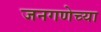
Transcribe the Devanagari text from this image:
जनगणेच्या